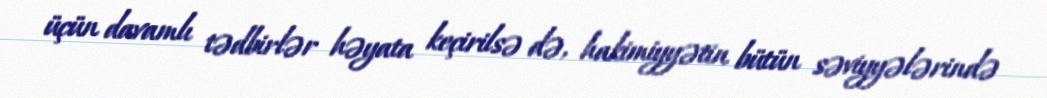
üçün davamlı tədbirlər həyata keçirilsə də, hakimiyyətin bütün səviyyələrində